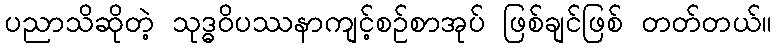
ပညာသိဆိုတဲ့ သုဒ္ဓဝိပဿနာကျင့်စဉ်စာအုပ် ဖြစ်ချင်ဖြစ် တတ်တယ်။